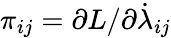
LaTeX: \pi_{ij}=\partial L/\partial\dot{\lambda}_{ij}